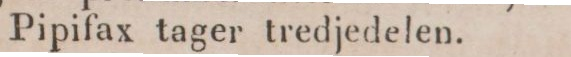
Pipifax tager tredjedelen.